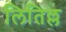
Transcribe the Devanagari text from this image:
लितिल्ल